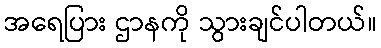
အရေပြား ဌာနကို သွားချင်ပါတယ်။